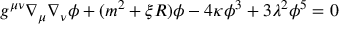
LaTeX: g ^ { \mu \nu } \nabla _ { \mu } \nabla _ { \nu } \phi + ( m ^ { 2 } + \xi R ) \phi - 4 \kappa \phi ^ { 3 } + 3 \lambda ^ { 2 } \phi ^ { 5 } = 0